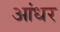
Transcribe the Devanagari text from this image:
आंधर